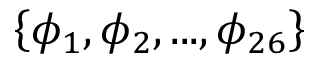
\left\{ \phi _ { 1 } , \phi _ { 2 } , . . . , \phi _ { 2 6 } \right\}